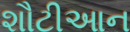
શૌટીઆન